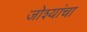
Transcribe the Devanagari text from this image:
जोश्यांचा